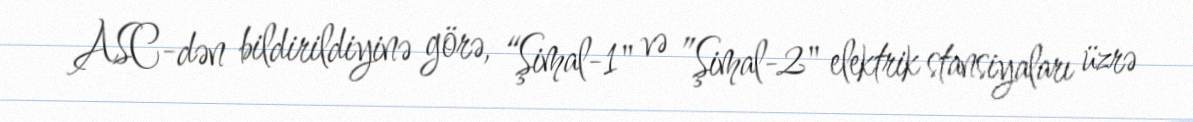
ASC-dən bildirildiyinə görə, “Şimal-1" və ”Şimal-2" elektrik stansiyaları üzrə